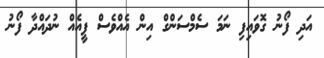
އަދި ފޯނު ގޮވައިފި ނަމަ ސެމްސަންގް އިން އެއްވެސް ފީއެއް ނުދައްދާ ފޯނު